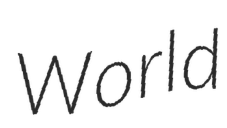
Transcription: World